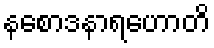
နစောဒနာရဟောတိ